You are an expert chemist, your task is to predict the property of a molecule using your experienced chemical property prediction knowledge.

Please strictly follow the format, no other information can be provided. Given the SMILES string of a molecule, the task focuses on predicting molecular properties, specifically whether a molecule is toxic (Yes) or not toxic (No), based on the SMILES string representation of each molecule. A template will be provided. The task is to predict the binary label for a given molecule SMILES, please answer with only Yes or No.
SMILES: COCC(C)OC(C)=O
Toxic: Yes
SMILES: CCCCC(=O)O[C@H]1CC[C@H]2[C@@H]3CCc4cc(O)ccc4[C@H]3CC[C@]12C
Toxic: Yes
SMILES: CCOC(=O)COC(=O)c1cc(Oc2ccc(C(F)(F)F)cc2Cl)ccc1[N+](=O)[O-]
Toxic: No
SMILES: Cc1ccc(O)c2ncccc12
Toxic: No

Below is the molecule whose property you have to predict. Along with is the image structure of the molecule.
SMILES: CCCCCON=O
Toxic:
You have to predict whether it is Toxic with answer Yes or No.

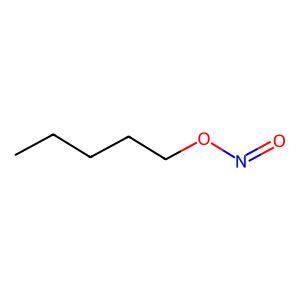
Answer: No